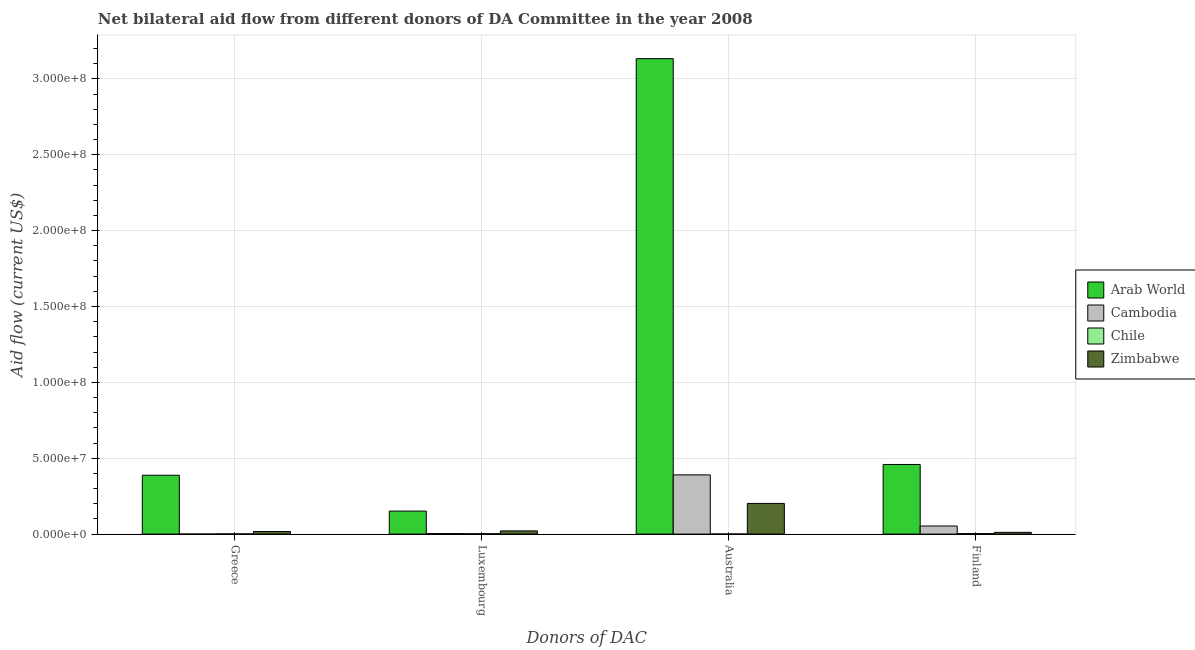
| Donors of DAC | Arab World | Cambodia | Chile | Zimbabwe |
 | --- | --- | --- | --- | --- |
 | Greece | 3.88e+07 | 3e+04 | 1.6e+05 | 1.68e+06 |
 | Luxembourg | 1.52e+07 | 3.4e+05 | 2.7e+05 | 2.1e+06 |
 | Australia | 3.13e+08 | 3.9e+07 | 7e+04 | 2.02e+07 |
 | Finland | 4.59e+07 | 5.33e+06 | 3.3e+05 | 1.15e+06 |